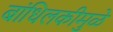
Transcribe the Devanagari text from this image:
बांधिलकीमुळे